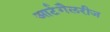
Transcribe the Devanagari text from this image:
आर्टगैलरीज